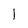
Character: l